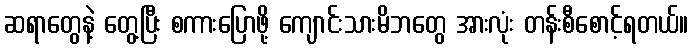
ဆရာတွေနဲ့ တွေ့ပြီး စကားပြောဖို့ ကျောင်းသားမိဘတွေ အားလုံး တန်းစီစောင့်ရတယ်။